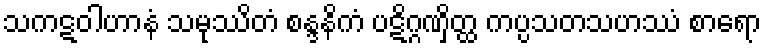
သကဋဝါဟာနံ သမုဿိတံ စန္ဒနိကံ ပဋိဂ္ဂဏှိတ္ထ ကပ္ပသတသဟဿံ စာရော